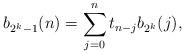
LaTeX: \begin{align*} b_{2^{k}-1}(n)=\sum_{j=0}^{n}t_{n-j}b_{2^{k}}(j),\end{align*}